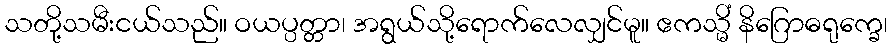
သတို့သမီးငယ်သည်။ ဝယပ္ပတ္တာ၊ အရွယ်သို့ရောက်လေလျှင်မူ။ ဧကသ္မိံ နိဂြောဓရုက္ခေ၊